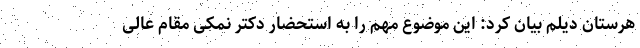
هرستان دیلم بیان کرد: این موضوع مهم را به استحضار دکتر نمکی مقام عالی